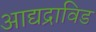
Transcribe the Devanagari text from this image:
आद्यद्राविड